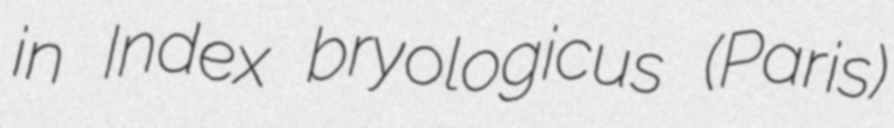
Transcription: in Index bryologicus (Paris)